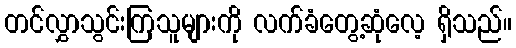
တင်လွှာသွင်းကြသူများကို လက်ခံတွေ့ဆုံလေ့ ရှိသည်။